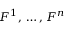
F ^ { 1 } , \, \ldots , \, F ^ { n }